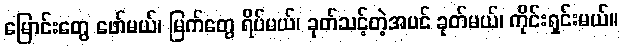
မြောင်းတွေ ဖော်မယ်၊ မြက်တွေ ရိပ်မယ်၊ ခုတ်သင့်တဲ့အပင် ခုတ်မယ်၊ ကိုင်းရှင်းမယ်။